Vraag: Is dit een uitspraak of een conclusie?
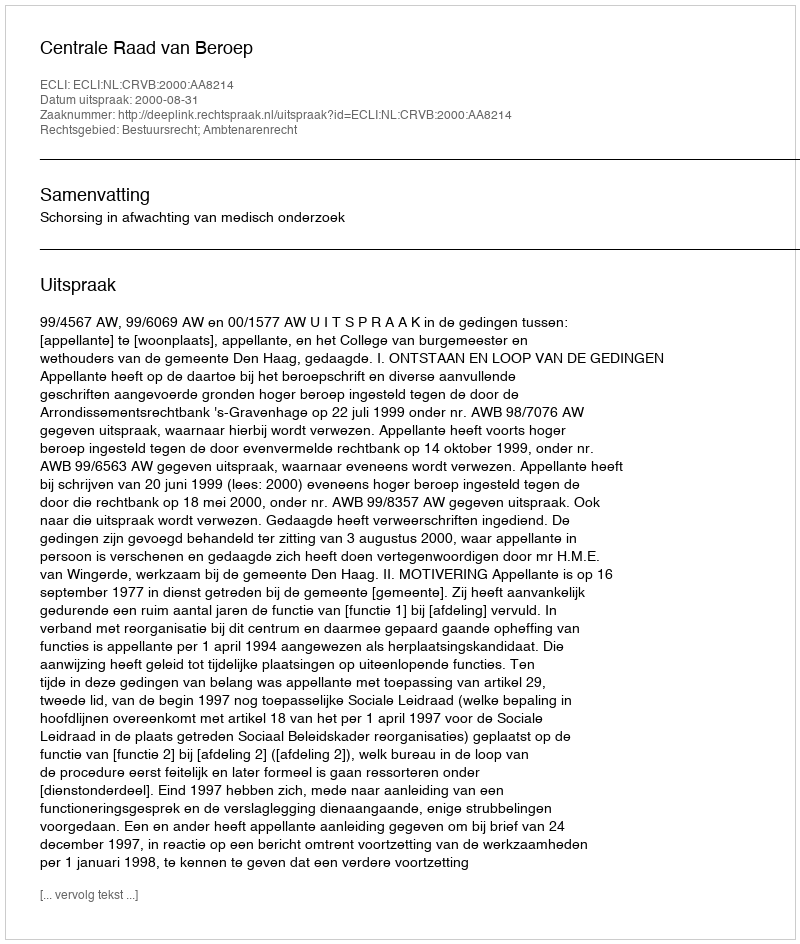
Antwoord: Uitspraak